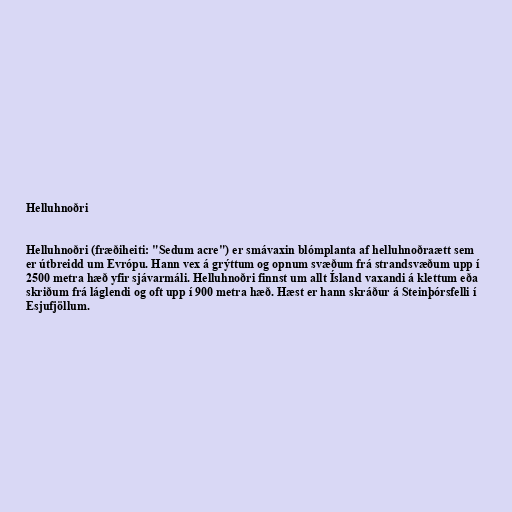
Helluhnoðri

Helluhnoðri (fræðiheiti: "Sedum acre") er smávaxin blómplanta af helluhnoðraætt sem
er útbreidd um Evrópu. Hann vex á grýttum og opnum svæðum frá strandsvæðum upp í
2500 metra hæð yfir sjávarmáli. Helluhnoðri finnst um allt Ísland vaxandi á klettum eða
skriðum frá láglendi og oft upp í 900 metra hæð. Hæst er hann skráður á Steinþórsfelli í
Esjufjöllum.